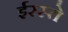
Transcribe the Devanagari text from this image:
ईरस्ते